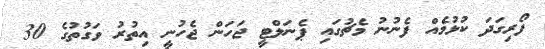
ފޯރިގަދަ ކުޅުމެއް ފެނުނު މެޗުގައި ޕެނަލްޓީ ޖަހަން ޖެހުނީ އިތުރު ވަގުތުގެ 30